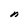
Character: n